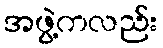
အဖွဲ့ကလည်း